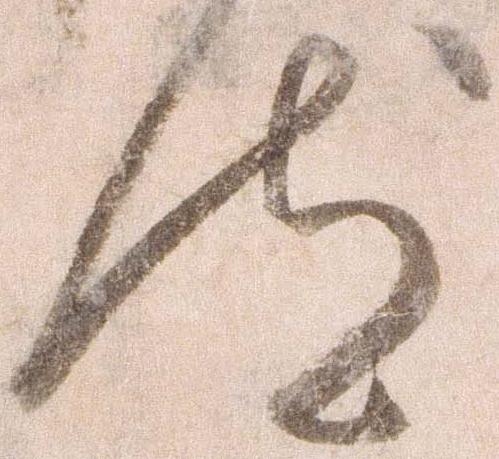
汰